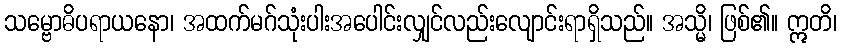
သမ္ဗောဓိပရာယနော၊ အထက်မဂ်သုံးပါးအပေါင်းလျှင်လည်းလျောင်းရာရှိသည်။ အသ္မိ၊ ဖြစ်၏။ ဣတိ၊